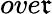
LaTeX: ove\mathfrak{r}